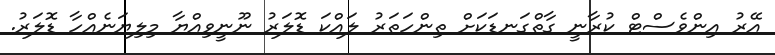
އޭރު އިންވެސްޓް ކުރާނީ ގާތްގަނޑަކަށް ތިންހަތަރު ލައްކަ ޑޮލަރު ނޫނީވިއްޔާ މިލިޔަނެއްހާ ޑޮލަރު.